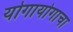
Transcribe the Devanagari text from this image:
योगायोगाचा